Senior Leaving Certificate Examination (including Day School Certificate (Higher) General paper), 1946
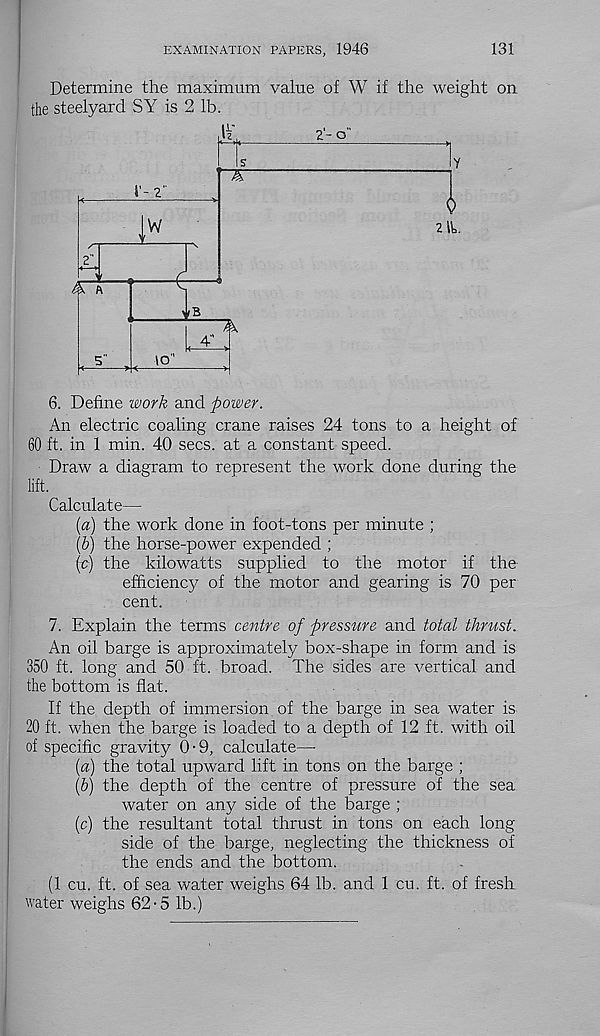
EXAMINATION PAPERS, 1946
131
Determine the maximum value of W if the weight on
the steelyard SY is 2 lb.
6. Define work and power.
An electric coaling crane raises 24 tons to a height of
60 ft. in 1 min. 40 secs, at a constant speed.
Draw a diagram to represent the work done during the
lift.
Calculate—
[а) the work done in foot-tons per minute ;
(б) the horse-power expended ;
{c) the kilowatts supplied to the motor if the
efficiency of the motor and gearing is 70 per
cent.
7. Explain the terms centre of pressure and total thrust.
An oil barge is approximately box-shape in form and is
350 ft. long and 50 ft. broad. The sides are vertical and
the bottom is flat.
If the depth of immersion of the barge in sea water is
20 ft. when the barge is loaded to a depth of 12 ft. with oil
of specific gravity 0-9, calculate—
(«) the total upward lift in tons on the barge ;
(&) the depth of the centre of pressure of the sea
water on any side of the barge ;
(c) the resultant total thrust in tons on each long
side of the barge, neglecting the thickness of
the ends and the bottom.
(1 cu. ft. of sea water weighs 64 lb. and 1 cu. ft. of fresh,
water weighs 62-5 lb.)